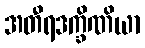
အတီရဒက္ခိဏိယာ